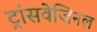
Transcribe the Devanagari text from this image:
ट्रांसवेजिनल